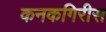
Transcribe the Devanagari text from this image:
कनकगिरीस